TRU_Ajalooring, lk 77
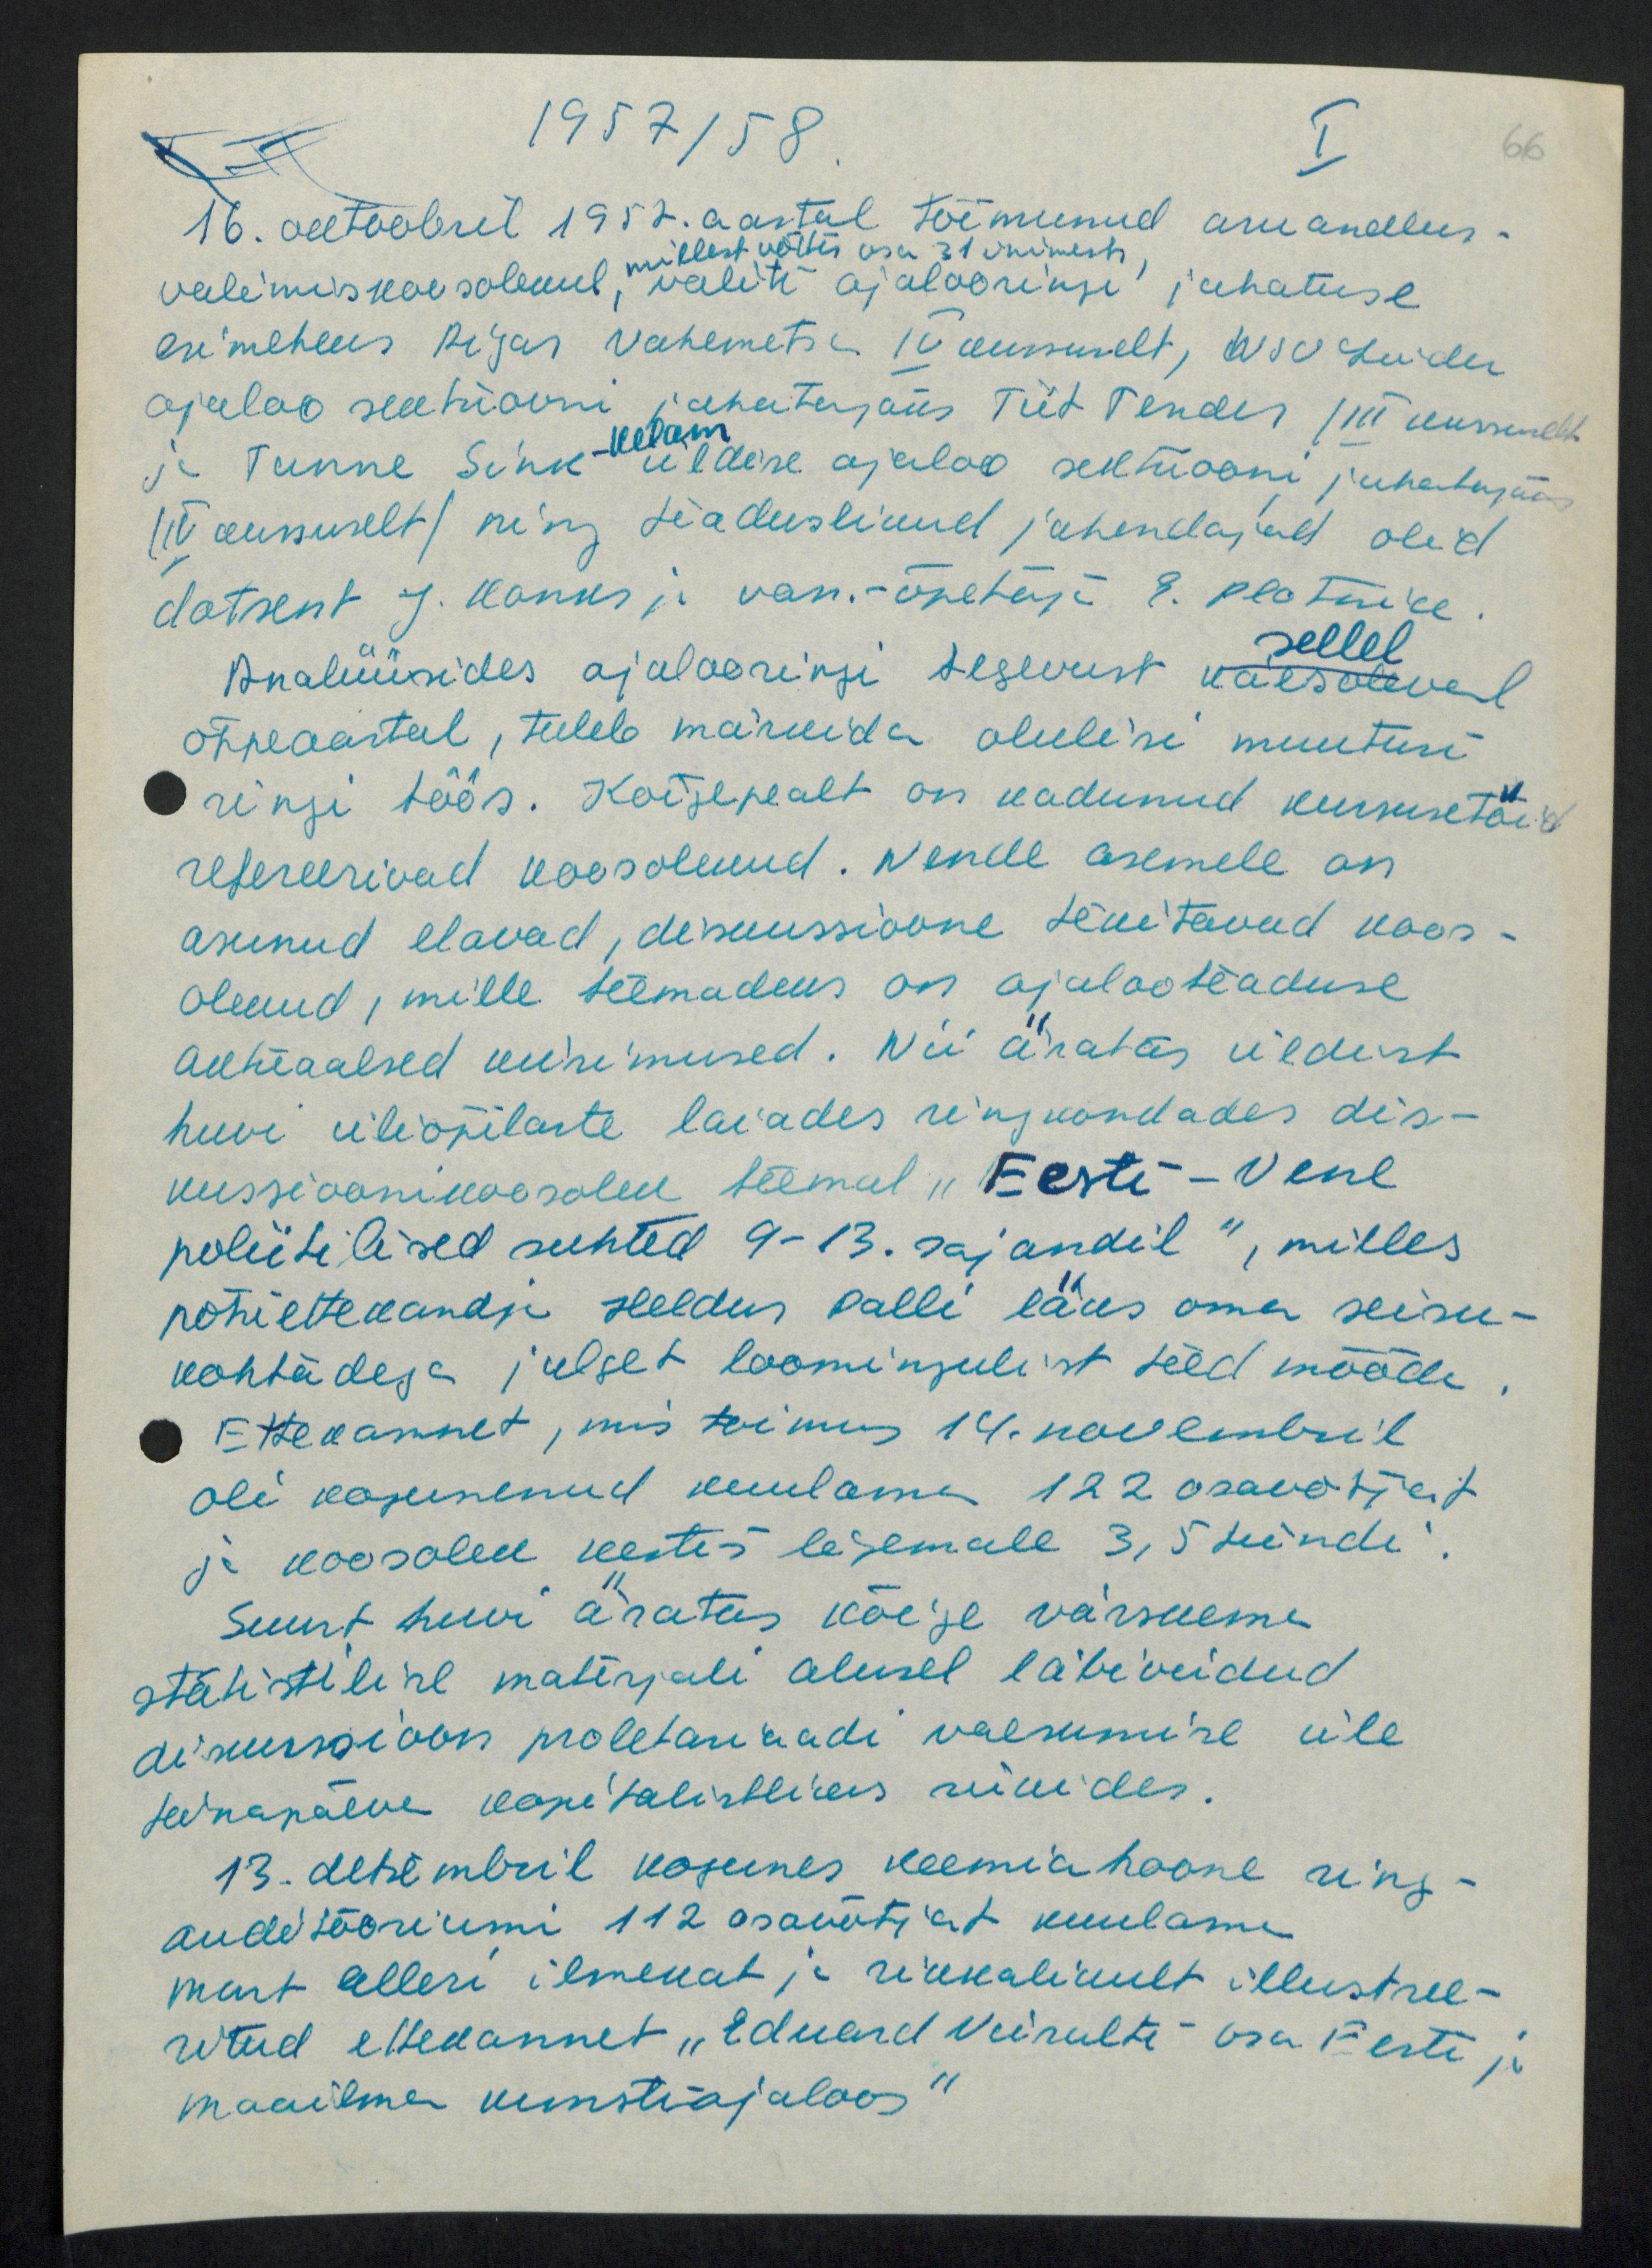
1957/58.
I
16. oktoobril 1957. aastal toimunud aruandlus-
millest võttis osa 31 inimest
valimiskoosolekul, valiti ajalooringi juhatuse
esimeheks Aigar Vahemetsa IV kursuselt, NSV Liidu
ajaloo sektsiiooni juhatajaks Tiit Tender / III kursuselt.
ja Tunne Sink-Kelam üldise ajaloo sektsiooni juhatajaks
(VI. kursuselt) ning teaduslikud jahendajad olid
dotsent J. Konks ja van.-õpetaja E. Plotnik.
sellel
Analüüsides ajalooringi tegevust käesoleval
õppeaastal, tuleb märkida olulisi muutusi
ringi töös. Kõigepealt on kadunud kursusetöid
refereerivad koosolekud. Nende asemele on
asunud elavad, dikussioone tekitavad koos-
olekud, mille teemadeks on ajalooteaduse
aktuaalsed uurimused. Nii äratas üldist
huvi üliõpilaste laiades ringkondades dis-
kussioonikoosolek teemal "Eesti-Vene
poliitilised suhted 9-13. sajandil", milles
põhietekandja Heldur Palli läks oma seisu-
kohtadega julget loomingulist teed mööda.
Ettekannet, mis toimus 14. noveembril
oli kogunenud kuulama 122 osavõtjat
ja koosolek kestis ligemalle 3,5 tundi.
Suurt huvi äratas kõige värskema
statistiline materjali alusel läbiviidud
diskussioon proletariaadi vaesumise üle
tänapäeva kapitalistlikus riikides.
13. detsembril kogunes keemia hoone ring-
auditooriumi 112 osavõtjat kuulama
Mart Alleri ilmekat ja rikkalikult illustree-
ritud ettekannet "Eduard Viiralti osa Eesti ja
maailma kunstiajaloos"

66